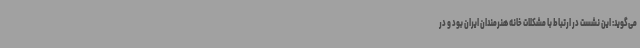
می‌گوید: این نشست در ارتباط با مشکلات خانه هنرمندان ایران بود و در